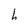
Character: h